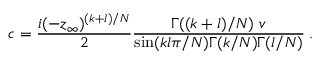
c = { \frac { i ( - z _ { \infty } ) ^ { ( k + l ) / N } } { 2 } } { \frac { \Gamma ( ( k + l ) / N ) ~ v } { \sin ( k l \pi / N ) \Gamma ( k / N ) \Gamma ( l / N ) } } \; .